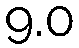
9.0